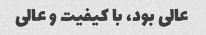
عالی بود، با کیفیت و عالی